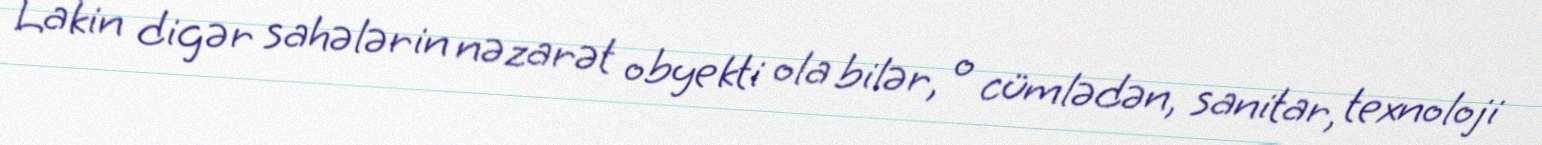
Lakin digər sahələrin nəzarət obyekti ola bilər, o cümlədən, sanitar, texnoloji